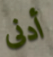
أدنى